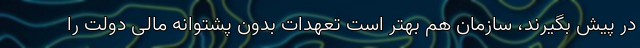
در پیش بگیرند، سازمان هم بهتر است تعهدات بدون پشتوانه مالی دولت را